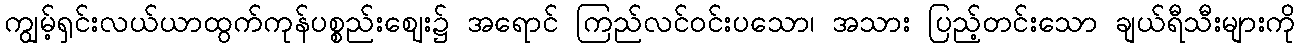
ကျွမ့်ရှင်းလယ်ယာထွက်ကုန်ပစ္စည်းဈေး၌ အရောင် ကြည်လင်ဝင်းပသော၊ အသား ပြည့်တင်းသော ချယ်ရီသီးများကို